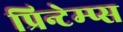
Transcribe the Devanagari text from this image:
प्रिन्टेम्प्स